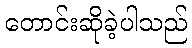
တောင်းဆိုခဲ့ပါသည်